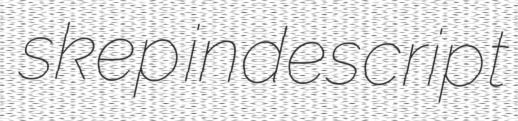
skep indescript